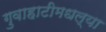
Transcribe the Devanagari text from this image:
गुवाहाटीमधल्या